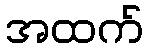
အထက်